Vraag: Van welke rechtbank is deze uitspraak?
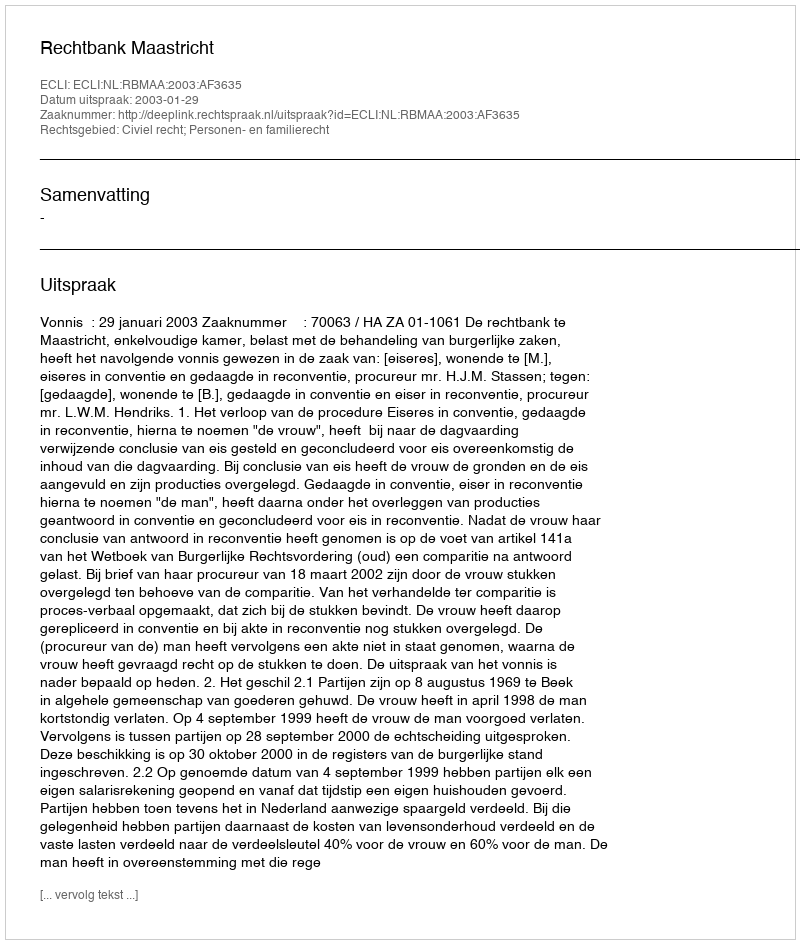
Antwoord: Rechtbank Maastricht